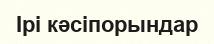
Ірі кәсіпорындар